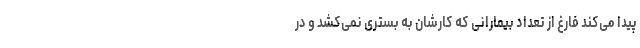
پیدا می‌کند فارغ از تعداد بیمارانی که کارشان به بستری نمی‌کشد و در